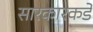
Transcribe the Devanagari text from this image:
सारकारकडे